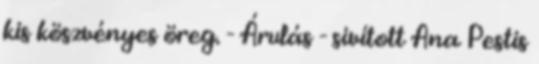
kis köszvényes öreg. - Árulás - sivított Ana Pestis